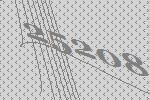
25208